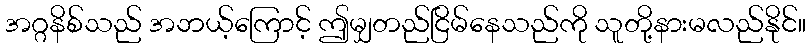
အဂ္ဂနိစ်သည် အဘယ့်ကြောင့် ဤမျှတည်ငြိမ်နေသည်ကို သူတို့နားမလည်နိုင်။